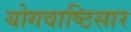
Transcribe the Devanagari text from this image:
योगवाष्ठिसार